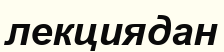
лекциядан